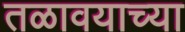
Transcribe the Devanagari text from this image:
तळावयाच्या